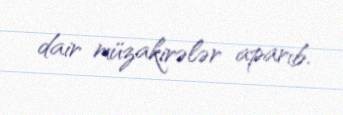
dair müzakirələr aparıb.